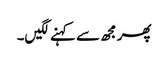
پھر مجھ سے کہنے لگیں۔